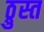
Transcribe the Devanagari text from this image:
ठ्रुस्त